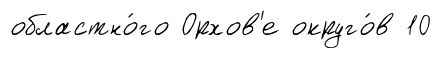
областно́го Орхов'е округо́в 10